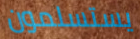
يستسلمون